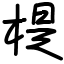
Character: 㮛